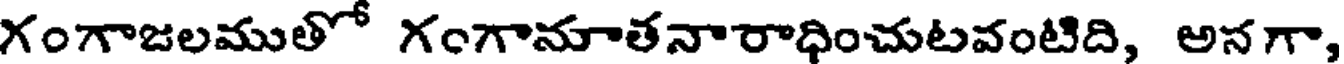
గంగాజలముతో గంగానూతనారాధించుటవంటిది, అనగా,